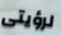
لرؤيتى